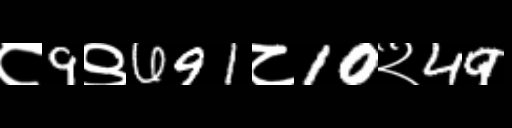
Text: ८9९691८10२49